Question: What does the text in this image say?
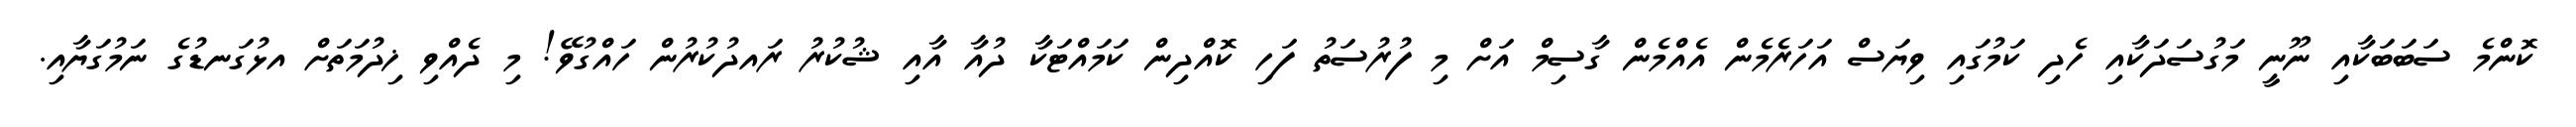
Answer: ކޮންމެ ސަބަބަކާއި ނޫނީ މަގުސަދަކާއި ހެދި ކަމުގައި ވިޔަސް އަހަރެމެން އެއްމެން ގާސިމް އަށް މި ފުރުސަތު ފަހި ކޮއްދިން ކަމައްޓަކާ ދުއާ އާއި ޝުކުރު ރައދުކުރުން ހައްގުވޭ! މި ދެއްވި ޚިދުމަތަށް އޅުގަނޑުގެ ނަމުގަޔާއި.